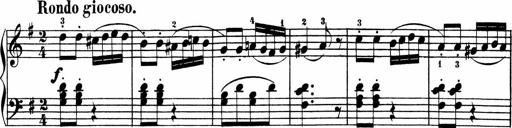
Title: 3 Sonatinen
Composer: Heinrich Lichner